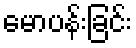
မောပန်းခြင်း